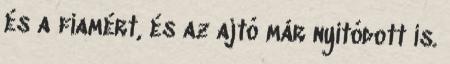
és a fiamért, és az ajtó már nyitódott is.